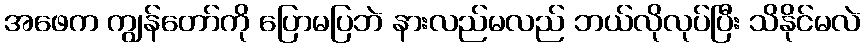
အဖေက ကျွန်တော်ကို ပြောမပြဘဲ နားလည်မလည် ဘယ်လိုလုပ်ပြီး သိနိုင်မလဲ